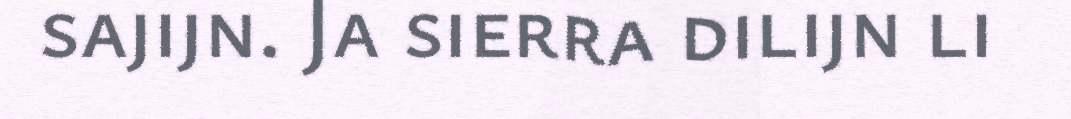
sajijn. Ja sierra dilijn li